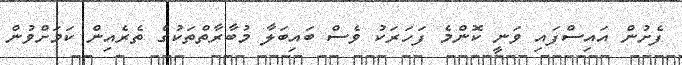
ފެށުން އައިސްފައި ވަނީ ކޮންމެ ފަހަރަކު ވެސް ބައިބަލާ މުބާރާތްތަކުގެ ތެރެއިން ކަމަށްވުން